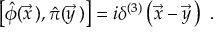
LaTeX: \left[ \hat { \phi } ( \vec { x } \, ) , \hat { \pi } ( \vec { y } \, ) \right] = i \delta ^ { ( 3 ) } \left( \vec { x } - \vec { y } \, \right) \ .